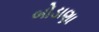
બોડાણા